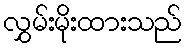
လွှမ်းမိုးထားသည်